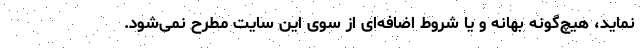
نماید، هیچ‌گونه بهانه و یا شروط اضافه‌ای از سوی این سایت مطرح نمی‌شود.